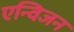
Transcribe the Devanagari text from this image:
एन्विजन